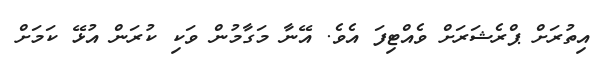
އިތުރަށް ޕްރެޝަރަށް ވެއްޓިފަ އެވެ. އޭނާ މަގާމުން ވަކި ކުރަން އުޅޭ ކަމަށް